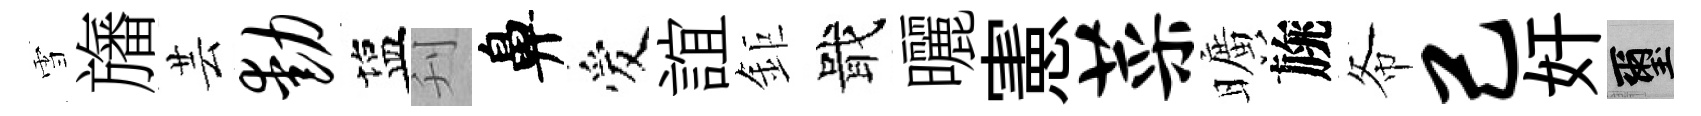
雪旛芸动塩刋鼻爱誼鉅戢曬憲菜曠旐𢁙己奸璽